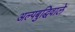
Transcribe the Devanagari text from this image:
अल्पबुद्धिवाले